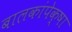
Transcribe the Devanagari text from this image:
बालकांपेक्षा